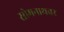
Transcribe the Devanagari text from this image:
सोमनाथवर